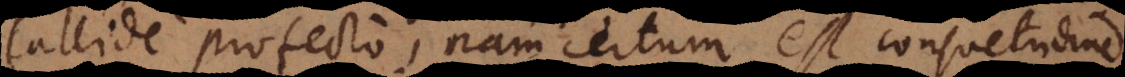
Callide profecto, nam certum est consuetudine